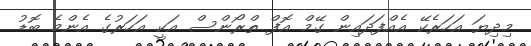
މިދިޔަ އަހަރެކޭ އެއްފަދައިން ގޭމް އޮފް ތްރޯންސް އަކީ އަހަރުގެ އެންމެ ބޮޑު